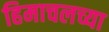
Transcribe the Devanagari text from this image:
हिमाचलच्या